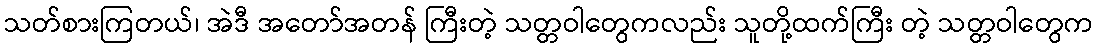
သတ်စားကြတယ်၊ အဲဒီ အတော်အတန် ကြီးတဲ့ သတ္တဝါတွေကလည်း သူတို့ထက်ကြီး တဲ့ သတ္တဝါတွေက